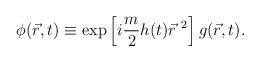
\begin{align*}\phi (\vec r, t) \equiv \exp \left[ i \frac{m}{2} h(t) {\vec r}^{\ 2} \right] g (\vec r, t).\end{align*}